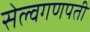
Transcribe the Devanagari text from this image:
सेल्वगणपती